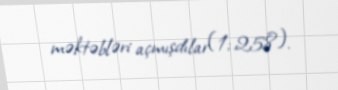
məktəbləri açmışdılar(1;.258).